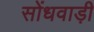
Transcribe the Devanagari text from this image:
सोंधवाड़ी